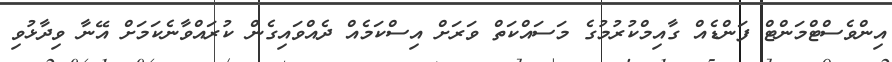
އިންވެސްޓްމަންޓް ފަންޑެއް ގާއިމްކުރުމުގެ މަސައްކަތް ވަރަށް އިސްކަމެއް ދެއްވައިގެން ކުރައްވާނެކަމަށް އޭނާ ވިދާޅުވި